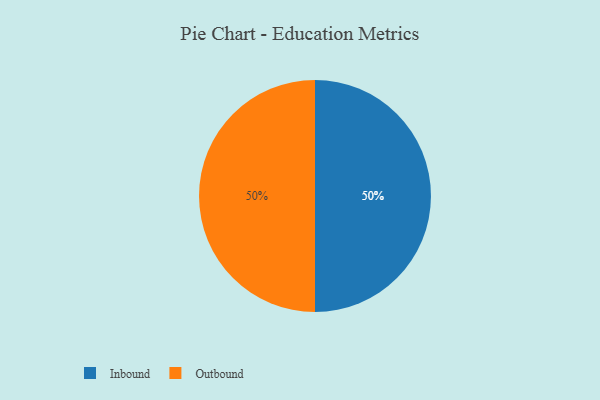
{"axis": {"x": "Category", "y": "Percentage"}, "legend": ["Inbound", "Outbound"], "data": [{"x": "Inbound", "y": 50, "type": "Inbound"}, {"x": "Outbound", "y": 50, "type": "Outbound"}]}